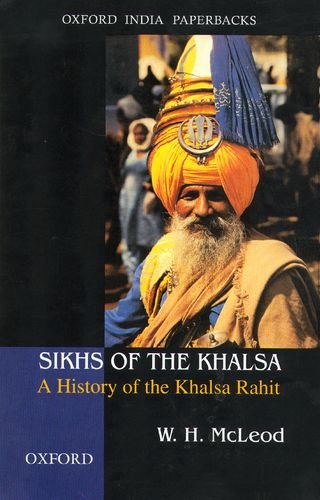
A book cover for Sikhs of the Khalsa: A History of the Khalsa Rahit (Oxford India Paperbacks); W.H. McLeod; Religion & Spirituality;